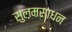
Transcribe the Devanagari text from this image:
सुलमसाधन